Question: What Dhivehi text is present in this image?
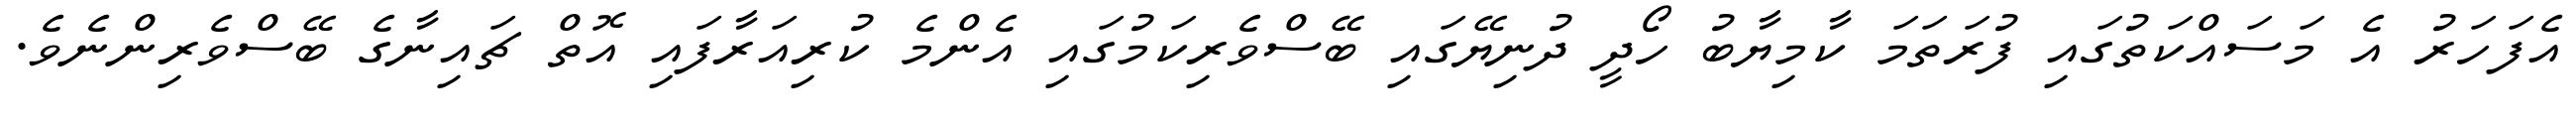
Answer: އެފަހަރު އެ މަސައްކަތުގައި ފުރަތަމަ ކާމިޔާބު ހޯދީ ދުނިޔޭގައި ބޭސްވެރިކަމުގައި އެންމެ ކުރިއަރާފައި އޮތް ޗައިނާގެ ބޭސްވެރިންނެވެ.